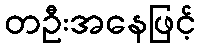
တဦးအနေဖြင့်